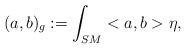
\begin{align*}(a,b)_g:=\int_{SM}<a,b>\eta,\end{align*}